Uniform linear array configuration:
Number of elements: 32
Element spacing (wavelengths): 1
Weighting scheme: binomial
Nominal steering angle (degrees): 15
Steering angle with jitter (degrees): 15.409
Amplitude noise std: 0.05
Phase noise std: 0.05

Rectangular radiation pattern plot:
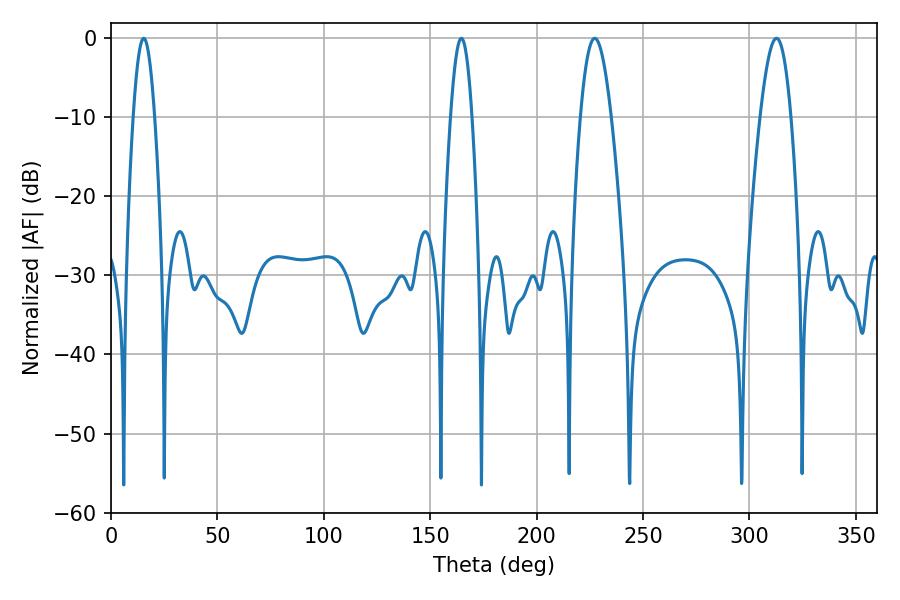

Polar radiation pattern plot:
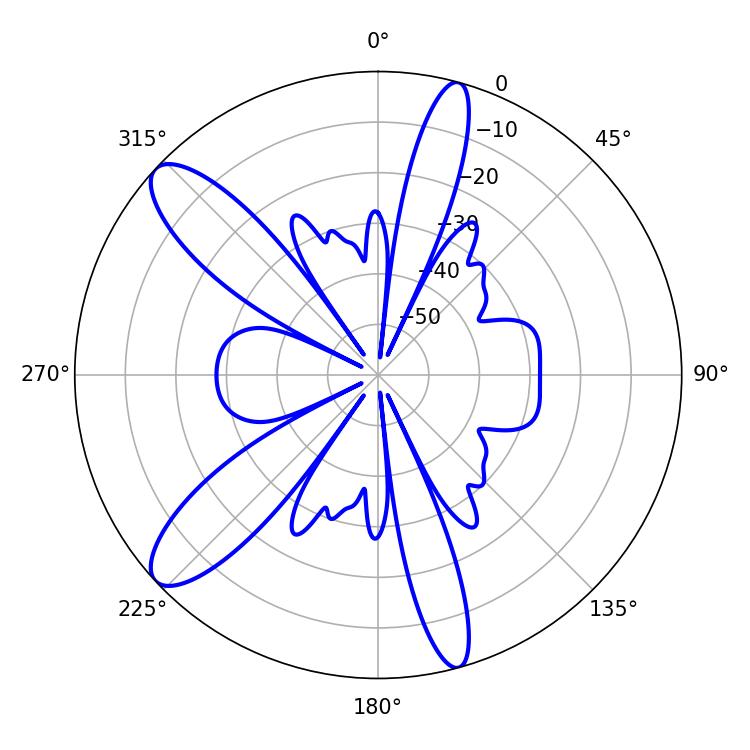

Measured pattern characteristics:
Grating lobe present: TRUE
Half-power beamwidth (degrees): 7.74
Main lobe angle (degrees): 227.34